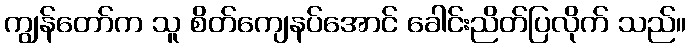
ကျွန်တော်က သူ စိတ်ကျေနပ်အောင် ခေါင်းညိတ်ပြလိုက် သည်။